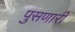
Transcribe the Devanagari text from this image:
पुसणारी